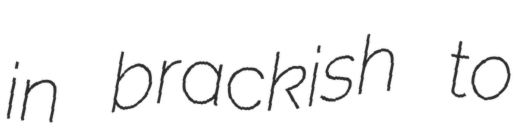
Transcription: in brackish to